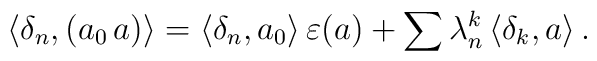
\langle \delta_n , (a_0 \, a) \rangle = \langle \delta_n , a_0 \rangle \, \varepsilon (a) + \sum \lambda_n^k \, \langle \delta_k , a \rangle \, .